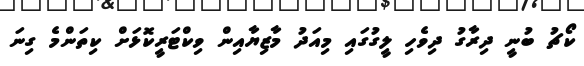
ކޯޗު ބުނީ ދިރާގު ދިވެހި ލީގުގައި މިއަދު މާޒިޔާއިން ވިކްޓަރީކޮޅަށް ކިތަންމެ ގިނަ